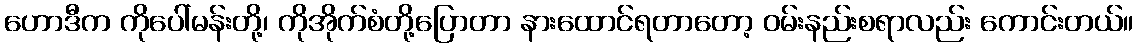
ဟောဒီက ကိုပေါ်မန်းတို့၊ ကိုအိုက်စံတို့ပြောတာ နားထောင်ရတာတော့ ဝမ်းနည်းစရာလည်း ကောင်းတယ်။